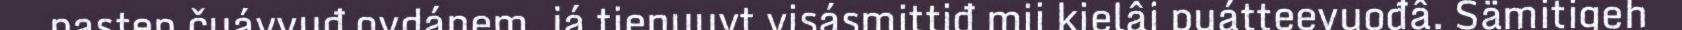
pastep čuávvuđ ovdánem, já tienuuvt visásmittiđ mii kielâi puátteevuođâ. Sämitigeh